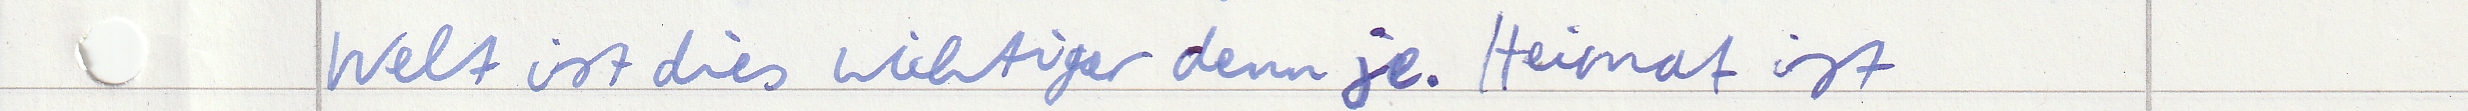
Welt ist dies wichtiger denn je. Heimat ist